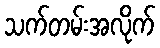
သက်တမ်းအလိုက်